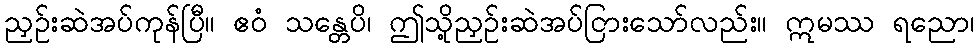
ညှဉ်းဆဲအပ်ကုန်ပြီ။ ဧဝံ သန္တေပိ၊ ဤသို့ညှဉ်းဆဲအပ်ငြားသော်လည်း။ ဣမဿ ရညော၊